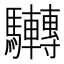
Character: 𩧜